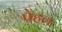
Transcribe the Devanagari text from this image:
पेहल